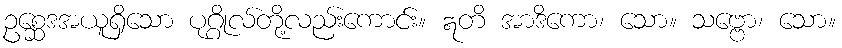
ဥစ္ဆေဒအယူရှိသော ပုဂ္ဂိုလ်တို့လည်းကောင်း။ ဣတိ အာဒိကော၊ သော။ သဗ္ဗော၊ သော။